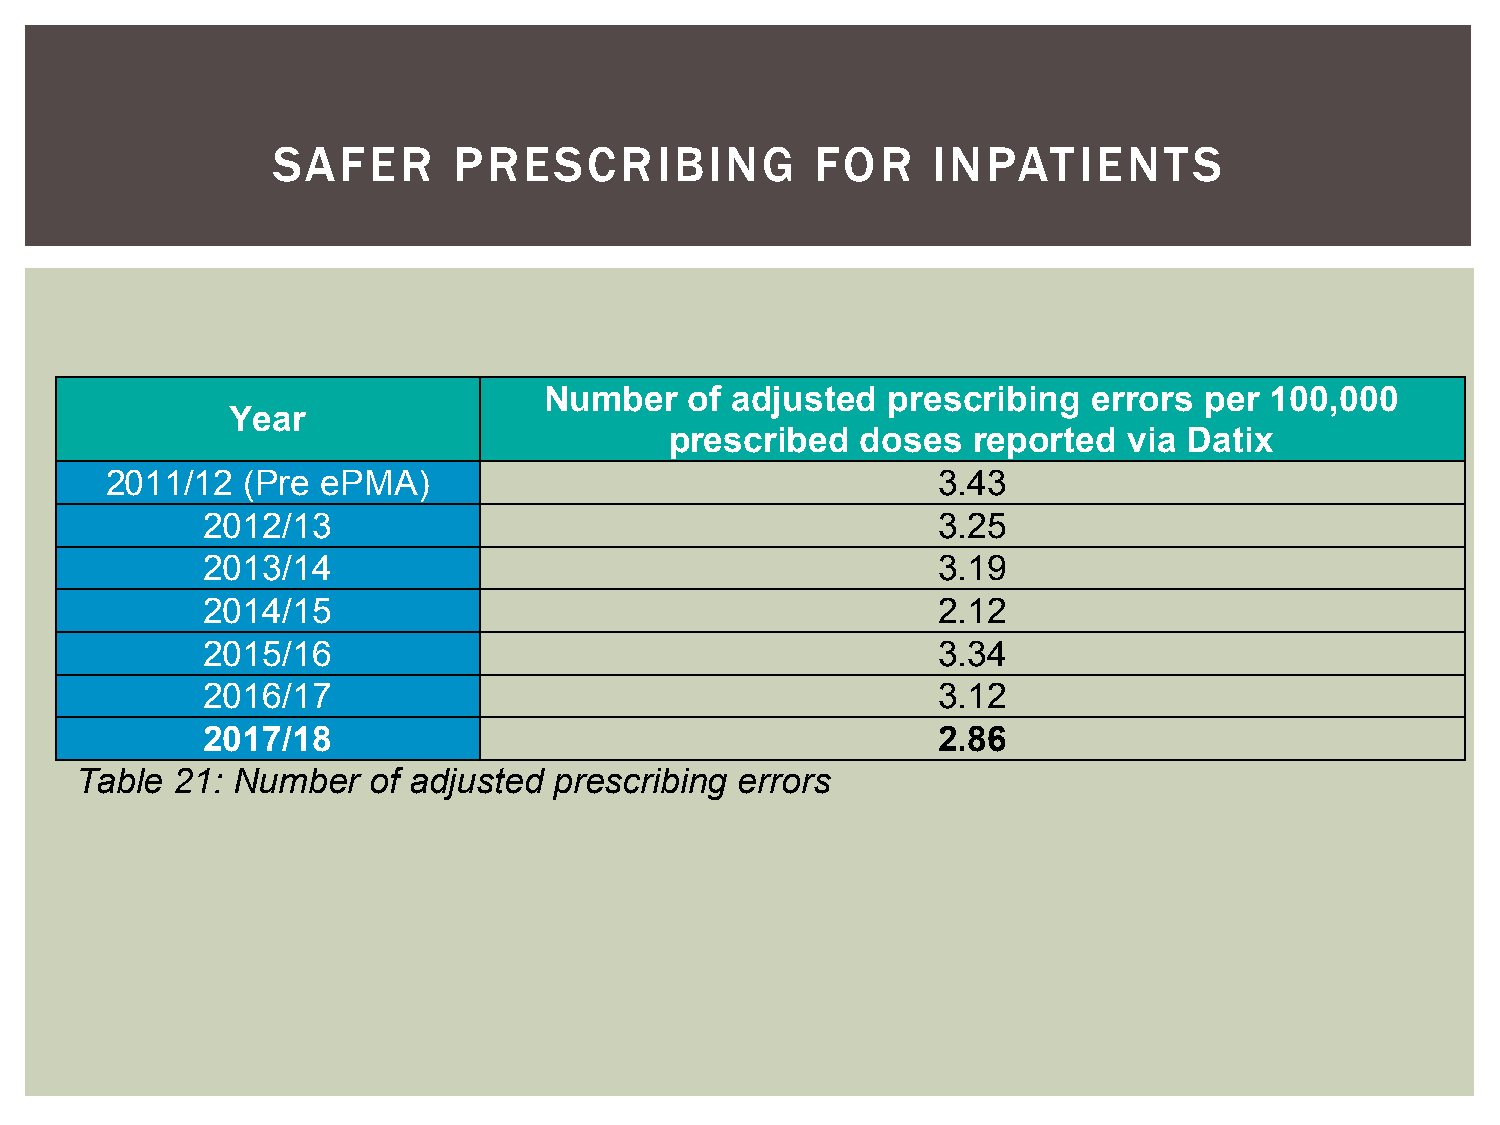
SAFER       PRESCRIBING             FOR     INPATIENTS
 Number    of adjusted  prescribing  errors  per 100,000
 Year
 prescribed   doses  reported   via Datix
 2011/12  (Pre ePMA)                                    3.43
 2012/13                                          3.25
 2013/14                                          3.19
 2014/15                                          2.12
 2015/16                                          3.34
 2016/17                                          3.12
 2017/18                                          2.86
 Table  21: Number   of adjusted prescribing errors